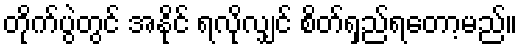
တိုက်ပွဲတွင် အနိုင် ရလိုလျှင် စိတ်ရှည်ရတော့မည်။